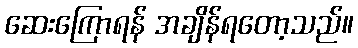
ဆေးကြောရန် အချိန်ရတော့သည်။